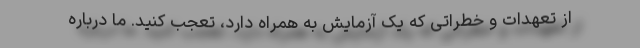
از تعهدات و خطراتی که یک آزمایش به همراه دارد، تعجب کنید. ما درباره